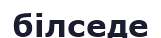
білседе